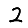
Digit: 2